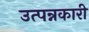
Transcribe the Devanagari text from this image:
उत्पन्नकारी